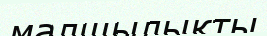
малшылықты